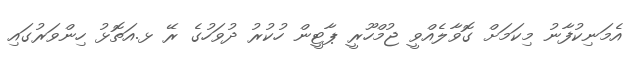
އެމަނިކުފާނު މިކަމަށް ގޮވާލެއްވީ ޖުމްހޫރީ ޕާޓީން ހުކުރު ދުވަހުގެ ރޭ ޅ.އަތޮޅު ހިންވަރުގައި